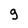
Character: 9